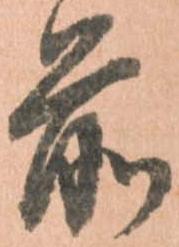
前